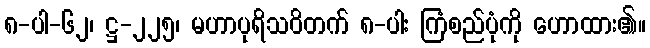
၈-ပါ-၆၂၊ ဋ္ဌ-၂၂၅၊ မဟာပုရိသဝိတက် ၈-ပါး ကြံစည်ပုံကို ဟောထား၏။